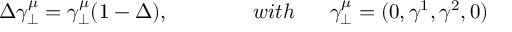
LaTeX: \Delta \gamma _ { \perp } ^ { \mu } = \gamma _ { \perp } ^ { \mu } ( 1 - \Delta ) , \qquad \qquad w i t h \ \mathrm { \quad ~ } \gamma _ { \perp } ^ { \mu } = ( 0 , \gamma ^ { 1 } , \gamma ^ { 2 } , 0 )